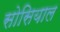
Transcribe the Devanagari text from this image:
सोसियाल